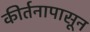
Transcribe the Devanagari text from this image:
कीर्तनापासून